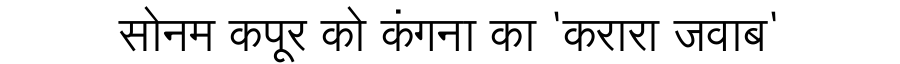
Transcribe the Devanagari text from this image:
सोनम कपूर को कंगना का 'करारा जवाब'